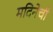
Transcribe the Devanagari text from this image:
मदिनेची